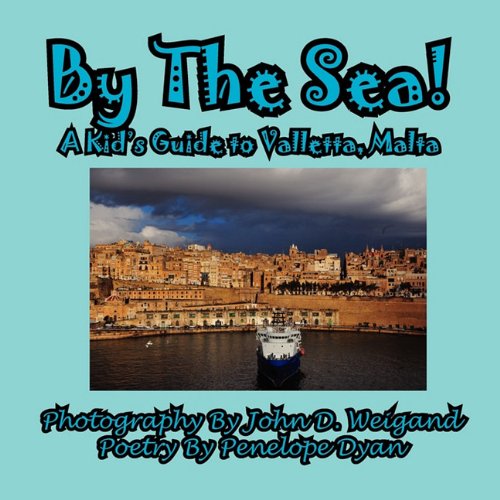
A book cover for By The Sea---A Kid's Guide To Valletta, Malta; Penelope Dyan; Travel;